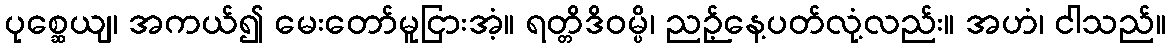
ပုစ္ဆေယျ၊ အကယ်၍ မေးတော်မူငြားအံ့။ ရတ္တိဒိဝမ္ပိ၊ ညဉ့်နေ့ပတ်လုံ့လည်း။ အဟံ၊ ငါသည်။